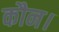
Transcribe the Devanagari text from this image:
कौन।